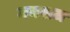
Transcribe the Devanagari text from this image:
मनसज